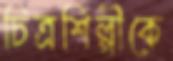
চিত্রশিল্পীকে